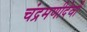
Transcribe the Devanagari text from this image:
चंद्रमणीदेवी